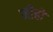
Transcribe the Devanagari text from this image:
मीहो